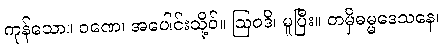
ကုန်သော။ ဝဏေ၊ အပေါင်းသို့ဝ်။ ဩဝဒိ၊ မူပြီး။ တမှိဓမ္မဒေသနေ၊